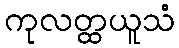
ကုလတ္ထယူသံ